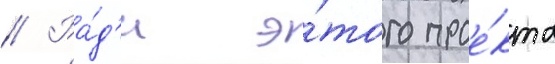
// Ра́д'и э́того прое́кта